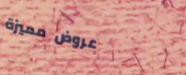
عروض مميزة